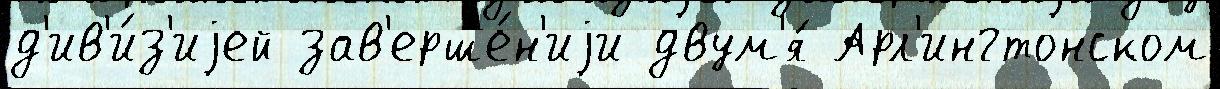
д'ив'и́з'иjей зав'ерше́н'иjи двум'я́ Арл'ингтонском